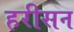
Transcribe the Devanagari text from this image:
हरीसन